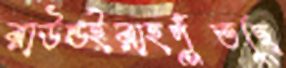
রাউন্ডইরাহপুঁতছে